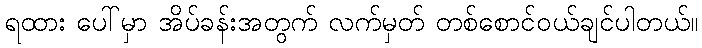
ရထား ပေါ်မှာ အိပ်ခန်းအတွက် လက်မှတ် တစ်စောင်ဝယ်ချင်ပါတယ်။